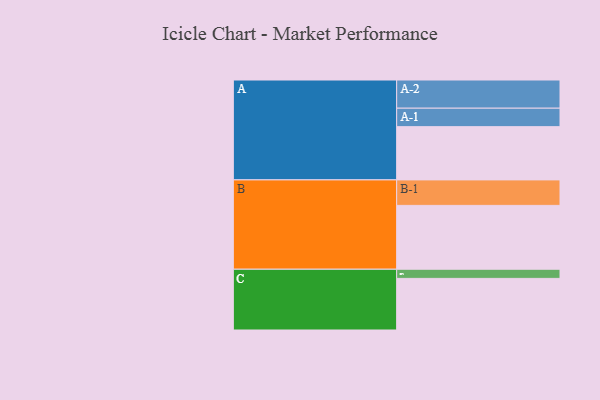
{"axis": {"x": "Segment", "y": "Value"}, "legend": ["", "A", "B", "C"], "data": [{"x": "A", "y": 495, "type": ""}, {"x": "B", "y": 594, "type": ""}, {"x": "C", "y": 480, "type": ""}, {"x": "A-1", "y": 172, "type": "A"}, {"x": "A-2", "y": 262, "type": "A"}, {"x": "B-1", "y": 237, "type": "B"}, {"x": "C-1", "y": 85, "type": "C"}]}